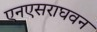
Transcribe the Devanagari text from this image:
एनएसराघवन